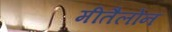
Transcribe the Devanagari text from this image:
मीतैलोन